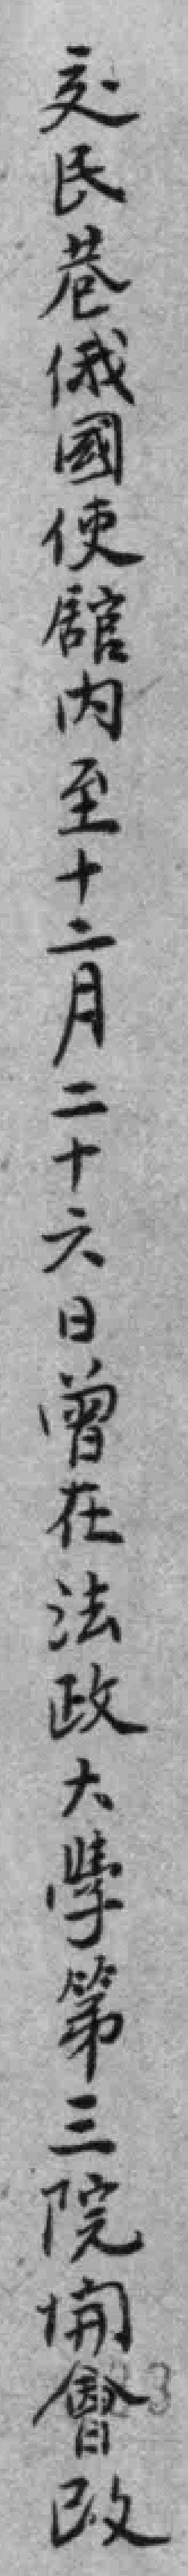
交民巷俄國使舘內至十二月二十六日曾在法政大學第三院𫔭會改